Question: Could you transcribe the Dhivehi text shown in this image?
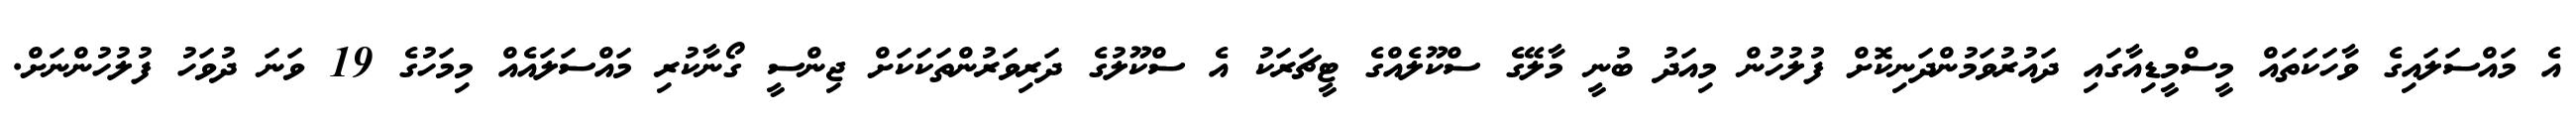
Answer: އެ މައްސަލައިގެ ވާހަކަތައް މީސްމީޑިއާގައި ދައުރުވަމުންދަނިކޮށް ފުލުހުން މިއަދު ބުނީ މާލޭގެ ސްކޫލެއްގެ ޓީޗަރަކު އެ ސްކޫލުގެ ދަރިވަރުންތަކަކަށް ޖިންސީ ގޯނާކުރި މައްސަލައެއް މިމަހުގެ 19 ވަނަ ދުވަހު ފުލުހުންނަށް.